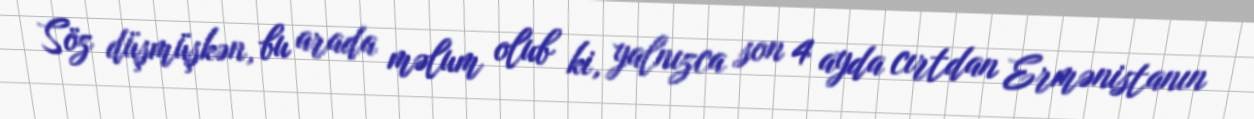
Söz düşmüşkən, bu arada məlum olub ki, yalnızca son 4 ayda cırtdan Ermənistanın